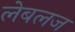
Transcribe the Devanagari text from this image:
लेबलज